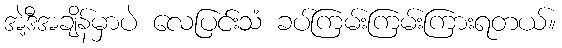
အဲ့ဒီအချိန်မှာပဲ လေပြင်းသံ ခပ်ကြမ်းကြမ်းကြားရတယ်။